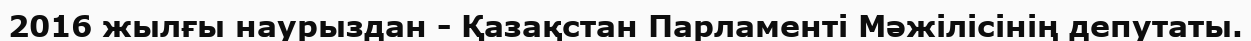
2016 жылғы наурыздан - Қазақстан Парламенті Мәжілісінің депутаты.